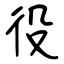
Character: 役